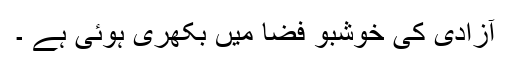
آزادی کی خوشبو فضا میں بکھری ہوئی ہے ۔